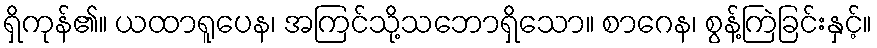
ရှိကုန်၏။ ယထာရူပေန၊ အကြင်သို့သဘောရှိသော။ စာဂေန၊ စွန့်ကြဲခြင်းနှင့်။